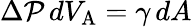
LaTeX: \Delta\mathcal{P}\, dV_{\mathrm{{{A}}}}=\gamma\, dA